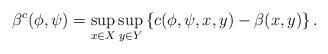
\begin{align*}\beta^c (\phi,\psi) = \sup_{x\in X} \sup_{y\in Y}\left\{ c(\phi,\psi,x,y) - \beta(x,y)\right\}.\end{align*}